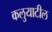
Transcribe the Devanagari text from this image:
कलुयाटील